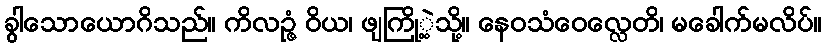
ခွါသောယောဂိသည်။ ကိလဉ္ဇံ ဝိယ၊ ဖျကြို့ဲ့သို့။ နေဝသံဝေလ္လေတိ၊ မခေါက်မလိပ်။